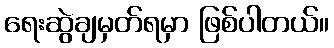
ရေးဆွဲချမှတ်ရမှာ ဖြစ်ပါတယ်။